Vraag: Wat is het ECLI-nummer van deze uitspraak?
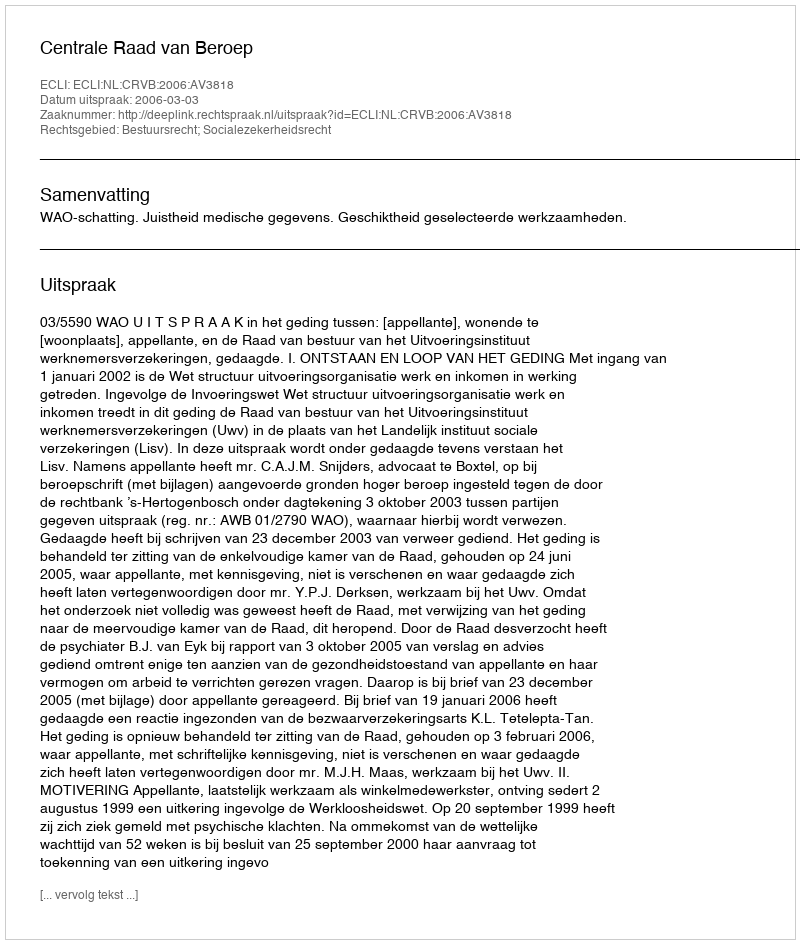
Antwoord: ECLI:NL:CRVB:2006:AV3818